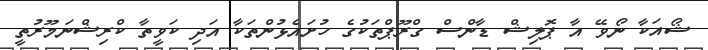
ޝޯއަކާ ނޯވޭ އާ ޕޮލިޝް ޑާންސް ގްރޫޕްތަކުގެ ހުށައެޅުންތަކާ އަދި ކަވީތާ ކްރިޝްނަމޫރުތީ